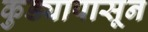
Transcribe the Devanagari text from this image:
कुड्यापासून